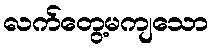
လက်တွေ့မကျသော